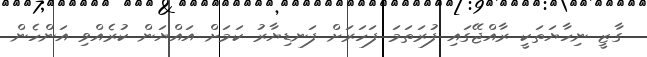
ގާޒީ ނިހާޔަތަކީ ރާއްޖޭގައި ފުރަތަމަ ފަހަރަށް ފަނޑިޔާރު ކަމަށް އައްޔަން ކުރެއްވި އަންހެން